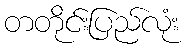
တတိုင်းပြည်လုံး